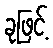
ခုဖြင့်